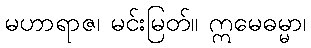
မဟာရာဇ၊ မင်းမြတ်။ ဣမေဓမ္မာ၊